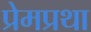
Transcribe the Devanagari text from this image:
प्रेमप्रथा